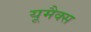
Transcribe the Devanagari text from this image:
यूमैक्स